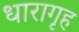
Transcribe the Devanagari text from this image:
धारागृह